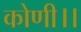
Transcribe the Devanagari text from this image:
कोणी।।